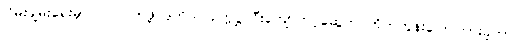
ငြိမ်းချမ်းရေးမှာ ပါဝင်လာဖို့ ဒုတိယ ဥက္ကဋ္ဌ ဦးကျော်တင့်ဆွေက တိုက်တွန်းပြောကြားခဲ့တာပါ။